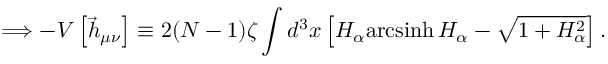
\Longrightarrow - V \left[ \vec { h } _ { \mu \nu } \right] \equiv 2 ( N - 1 ) \zeta \int d ^ { 3 } x \left[ H _ { \alpha } \mathrm { a r c s i n h } { \, } H _ { \alpha } - \sqrt { 1 + H _ { \alpha } ^ { 2 } } \right] .